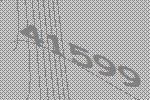
41599